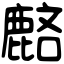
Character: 𪊺